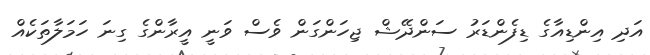
އަދި އިންޑިއާގެ ޑިފެންޑަރު ސަންދޭޝް ޖިހަންގަން ވެސް ވަނީ އީރާންގެ ގިނަ ހަމަލާތަކެއް